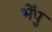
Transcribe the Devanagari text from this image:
भेँपु